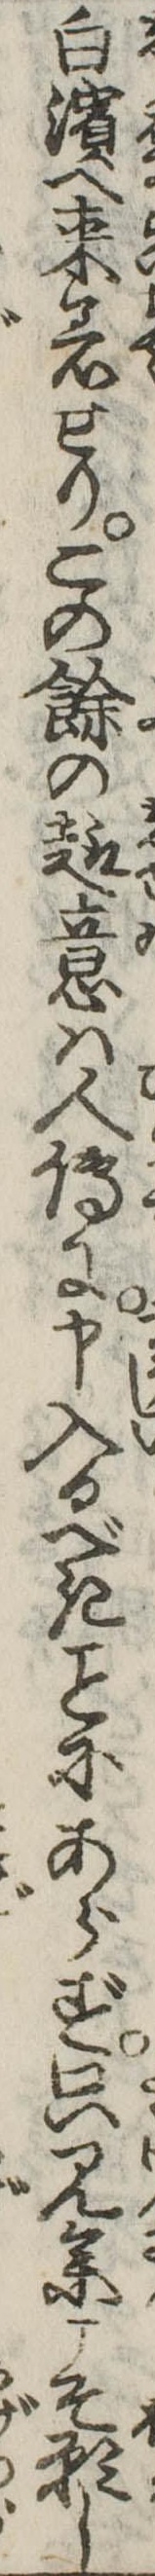
白浜へ来着せりこの余の趣意は人伝に申入るべきにあらず只見参こそ願し